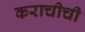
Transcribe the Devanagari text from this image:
कराचीची